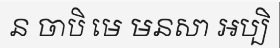
ន ចាបិ មេ មនសា អប្បិ